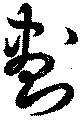
劃